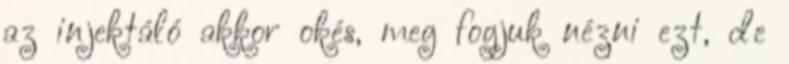
az injektáló akkor okés, meg fogjuk nézni ezt, de